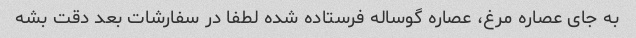
به جای عصاره مرغ، عصاره گوساله فرستاده شده لطفا در سفارشات بعد دقت بشه